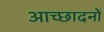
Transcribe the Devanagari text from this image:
आच्छादनों